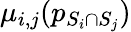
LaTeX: \mu_{i,j}(p_{S_{i}\cap S_{j}})